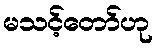
မသင့်တော်ဟု